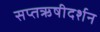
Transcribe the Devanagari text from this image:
सप्तऋषीदर्शन